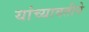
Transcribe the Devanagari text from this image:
यांच्यावतीने